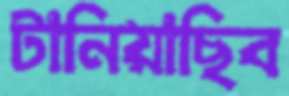
টানিয়াছিব